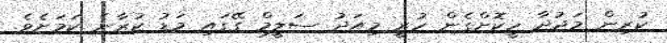
ކުރިން މަޖުދާ ހީކޮށްގެން ހުރީ މިއަދު ސަލީމް ގޭގައި މަޑު ކުރާނެ ކަމަށެވެ.